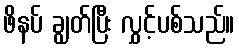
ဖိနပ် ချွတ်ပြီး လွှင့်ပစ်သည်။